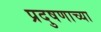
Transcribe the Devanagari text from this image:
प्रदुषणाच्या